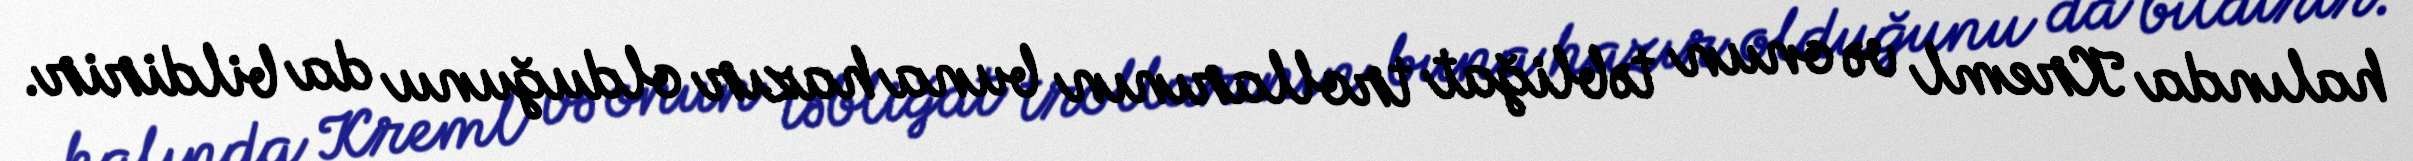
halında Kreml və onun təbliğat trollarının buna hazır olduğunu da bildirir.